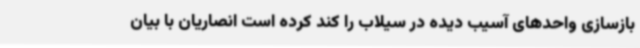
بازسازی واحدهای آسیب دیده در سیلاب را کند کرده است انصاریان با بیان